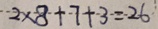
2 \times 8 + 7 + 3 = 2 6